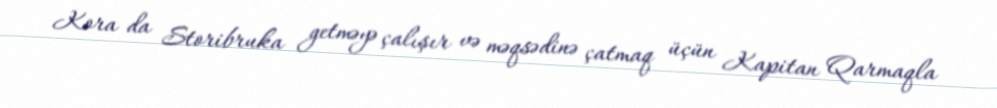
Kora da Storibruka getməyə çalışır və məqsədinə çatmaq üçün Kapitan Qarmaqla